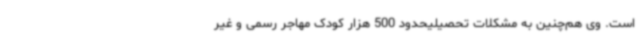
است. وی هم‌چنین به مشکلات تحصیلیحدود 500 هزار کودک مهاجر رسمی و غیر